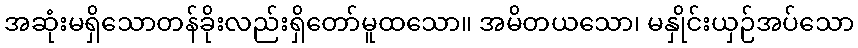
အဆုံးမရှိသောတန်ခိုးလည်းရှိတော်မူထသော။ အမိတယသော၊ မနှိုင်းယှဉ်အပ်သော